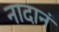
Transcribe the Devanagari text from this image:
नादानं